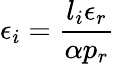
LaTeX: \epsilon_{i}=\frac{l_{i}\epsilon_{r}}{\alpha p_{r}}